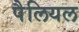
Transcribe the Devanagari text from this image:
पैलियल